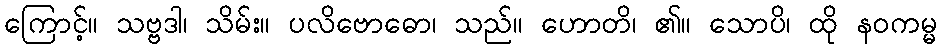
ကြောင့်။ သဗ္ဗဒါ၊ သိမ်း။ ပလိဗောဓော၊ သည်။ ဟောတိ၊ ၏။ သောပိ၊ ထို နဝကမ္မ